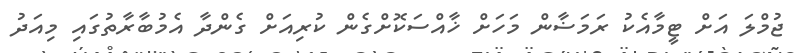
ޖުމްލަ އަށް ޓީމާއެކު ރަމަޟާން މަހަށް ޚާއްސަކޮށްގެން ކުރިއަށް ގެންދާ އެމުބާރާތުގައި މިއަދު